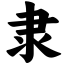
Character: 隶